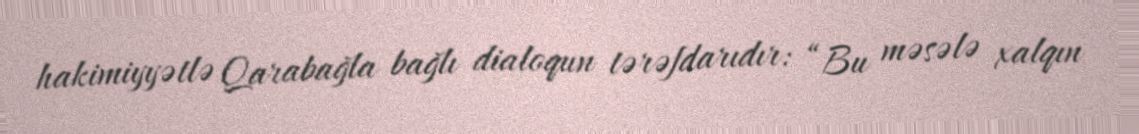
hakimiyyətlə Qarabağla bağlı dialoqun tərəfdarıdır: “Bu məsələ xalqın